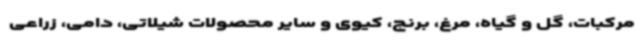
مرکبات، گل و گیاه، مرغ، برنج، کیوی و سایر محصولات شیلاتی، دامی، زراعی